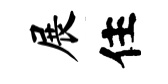
展住